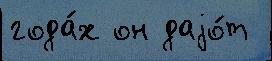
года́х он даjо́т